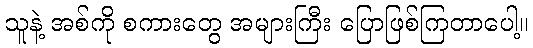
သူနဲ့ အစ်ကို စကားတွေ အများကြီး ပြောဖြစ်ကြတာပေါ့။